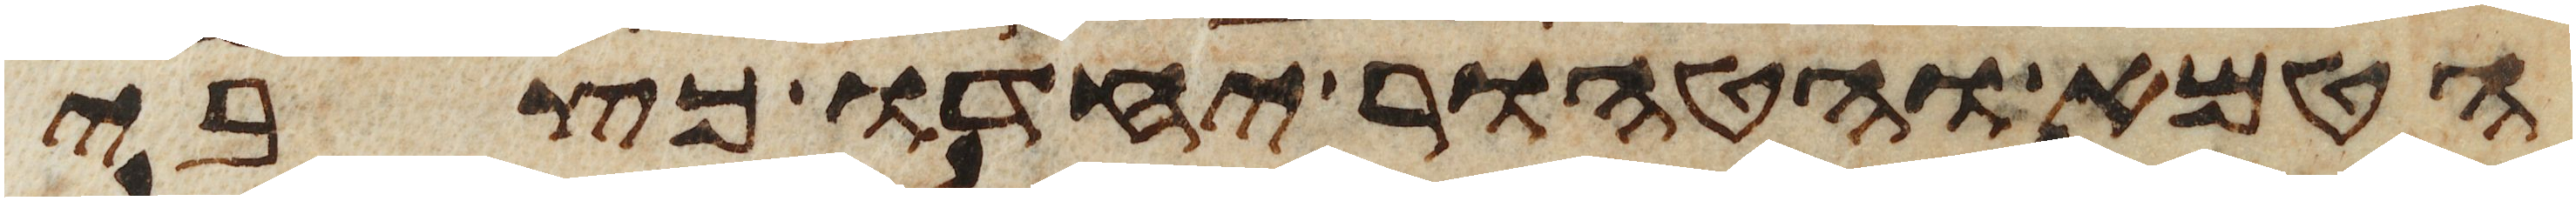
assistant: הטמא והטהור יחדו כצבי